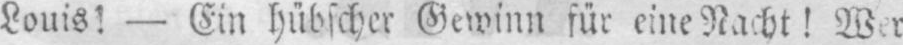
Louis! - Ein hübscher Gewinn für eine Nacht! Wer